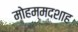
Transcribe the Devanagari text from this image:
मोहम्मदशाह